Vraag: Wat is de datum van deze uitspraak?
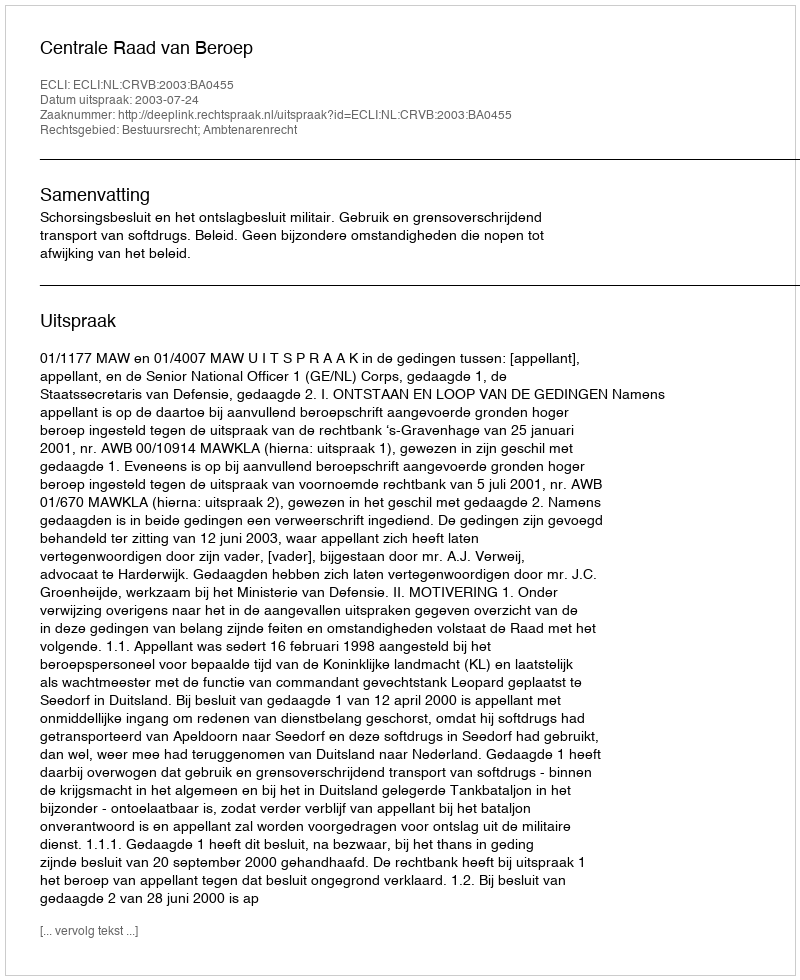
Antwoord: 2003-07-24